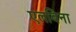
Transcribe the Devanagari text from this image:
एलबिना